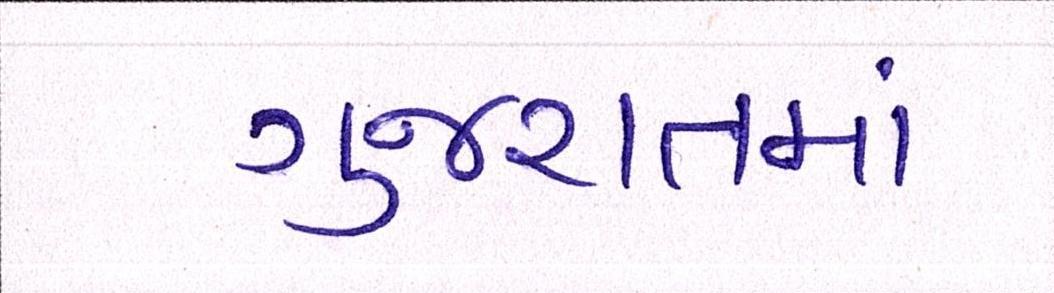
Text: ગુજરાતમાં